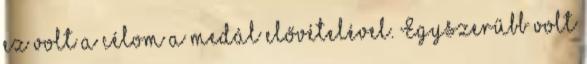
ez volt a célom a medál elővételével. Egyszerűbb volt